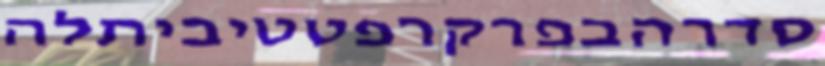
סדרהבפרקרפטטיביתלה